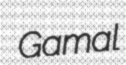
Gamal